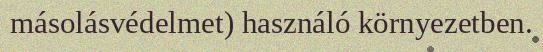
másolásvédelmet) használó környezetben.